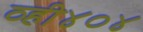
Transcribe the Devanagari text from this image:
व्ही४०४